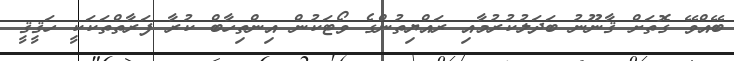
ބޭއްވޭ ގޮތަށް ޤާނޫނު ބަދަލުކުރުމާއި ރައްޔިތުންގެ ވޯޓަކުން އިންތިހާބް ކުރާ ފަރާތްތަކަކީ ހަޤީޤީ